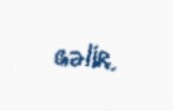
gəlir.